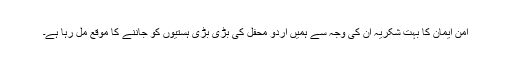
امن ایمان کا بہت شکریہ ان کی وجہ سے ہمیں اردو محفل کی بڑی بڑی ہستیوں کو جاننے کا موقع مل رہا ہے۔